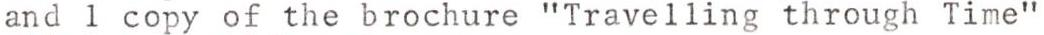
and I copy of the brochure "Travelling through Time"